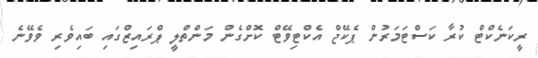
ރީކަނެކްޓް ކުރާ ކަސްޓަމަރުން ޕެކޭޖް އެކްޓިވޭޓް ކޮށްގެން މަންތްލީ ޕްރައިޒްގައި ބައިވެރި ވެވޭނެ